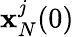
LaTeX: \mathbf{x}_{N}^{j}(0)